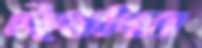
উক্ষেপিত